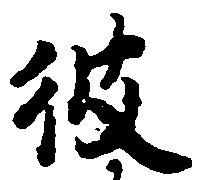
彼